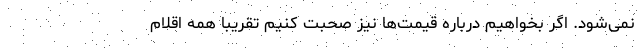
نمی‌شود. اگر بخواهیم درباره قیمت‌ها نیز صحبت کنیم تقریبا همه اقلام